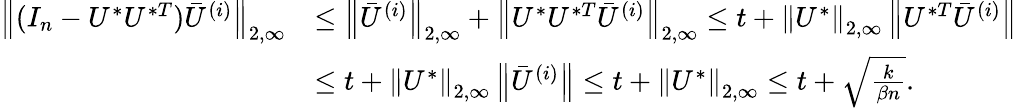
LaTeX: \begin{array}{rl}{\left\| {(I_{n}-U^{*}U^{*T})\bar{U}^{(i)}}\right\| _{2,\infty}}&{\leq\left\| {\bar{U}^{(i)}}\right\| _{2,\infty}+\left\| {U^{*}U^{*T}\bar{U}^{(i)}}\right\| _{2,\infty}\leq t+\left\| {U^{*}}\right\| _{2,\infty}\left\| {U^{*T}\bar{U}^{(i)}}\right\| }\\ &{\leq t+\left\| {U^{*}}\right\| _{2,\infty}\left\| {\bar{U}^{(i)}}\right\| \leq t+\left\| {U^{*}}\right\| _{2,\infty}\leq t+\sqrt{\frac{k}{\beta n}}.}\end{array}